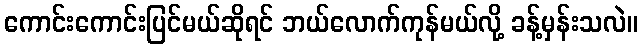
ကောင်းကောင်းပြင်မယ်ဆိုရင် ဘယ်လောက်ကုန်မယ်လို့ ခန့်မှန်းသလဲ။